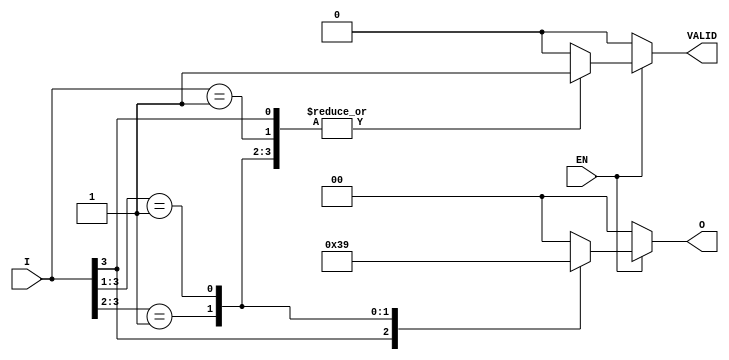
module priority_encoder (
    input wire [3:0] I,    // 4 one-hot encoded inputs
    input wire EN,         // Enable input
    output reg [1:0] O,    // 2-bit binary output
    output reg VALID       // Output indicating if any input is active
);

    always @(*) begin
        if (EN) begin
            casez (I) // casez allows for don't care conditions
                4'b1??? : begin // I3 is high
                    O = 2'b11; // Output for I3
                    VALID = 1'b1;
                end
                4'b01?? : begin // I2 is high
                    O = 2'b10; // Output for I2
                    VALID = 1'b1;
                end
                4'b001? : begin // I1 is high
                    O = 2'b01; // Output for I1
                    VALID = 1'b1;
                end
                4'b0001 : begin // I0 is high
                    O = 2'b00; // Output for I0
                    VALID = 1'b1;
                end
                default : begin // No inputs are high
                    O = 2'b00; // Default output
                    VALID = 1'b0; // No valid input
                end
            endcase
        end else begin
            O = 2'b00; // Default output when not enabled
            VALID = 1'b0; // No valid input
        end
    end

endmodule